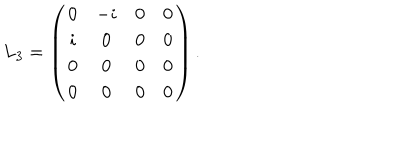
L _ { 3 } = \left( \begin{matrix} { { 0 } } & { { - i } } & { { 0 } } & { { 0 } } \\ { { i } } & { { 0 } } & { { 0 } } & { { 0 } } \\ { { 0 } } & { { 0 } } & { { 0 } } & { { 0 } } \\ { { 0 } } & { { 0 } } & { { 0 } } & { { 0 } } \\ \end{matrix} \right) .